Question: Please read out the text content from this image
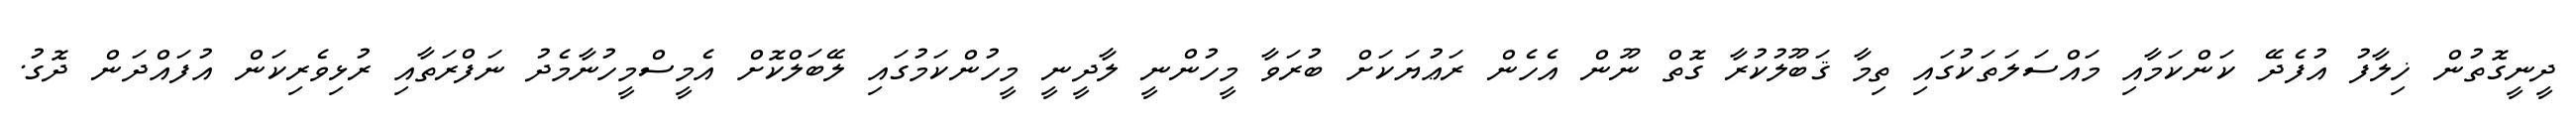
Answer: ދީނީގޮތުން ޚިލާފު އުފެދޭ ކަންކަމާއި މައްސަލަތަކުގައި ތިމާ ޤަބޫލުކުރާ ގޮތް ނޫން އެހެން ރަޢުޔަކަށް ބުރަވާ މީހުންނީ ލާދީނީ މީހުންކަމުގައި ލޭބަލްކޮށް އެމީސްމީހުނާމެދު ނަފްރަތާއި ރުޅިވެރިކަން އުފައްދަން ދޮގު.